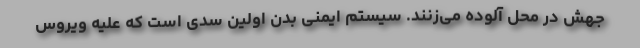
جهش در محل آلوده می‌زنند. سیستم ایمنی بدن اولین سدی است که علیه ویروس